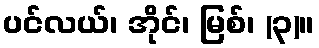
ပင်လယ်၊ အိုင်၊ မြစ်၊ (၃)။